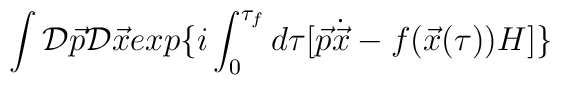
\int {\cal D}\vec{p}{\cal D}\vec{x} exp\{ i\int_{0}^{\tau_{f}} d\tau [ \vec{p}\dot{\vec{x}} - f(\vec{x}(\tau))H ]\}